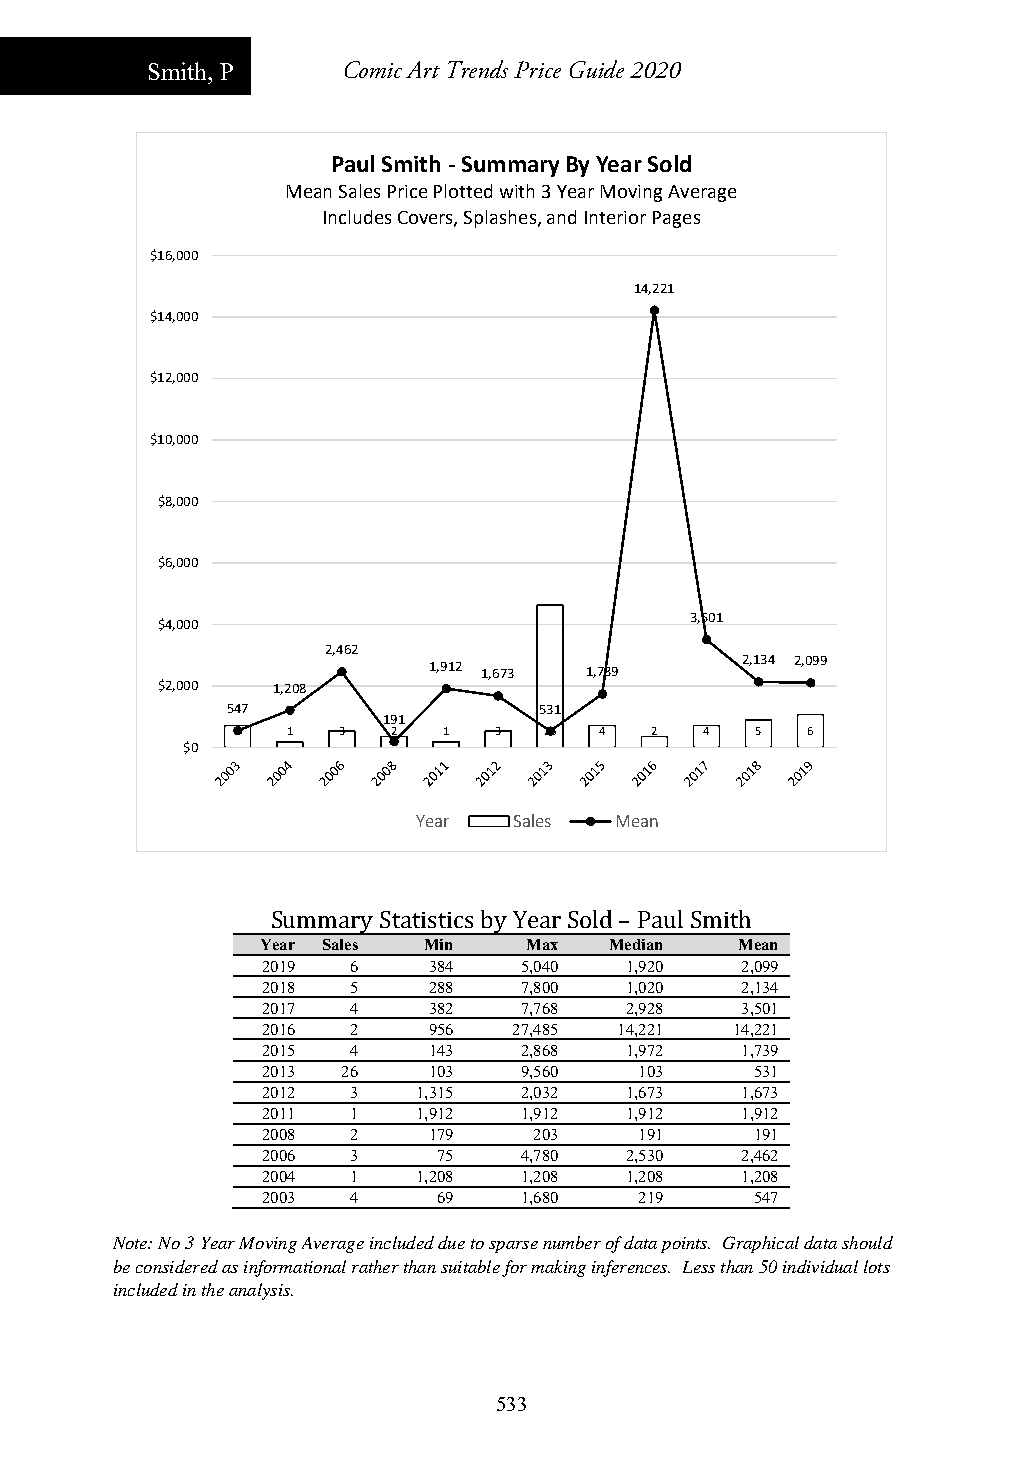
Smith, P     Comic Art Trends Price Guide 2020
 Paul Smith ‐Summary By Year Sold
 Mean Sales Price Plotted with 3 Year Moving Average
 Includes Covers, Splashes, and Interior Pages
 $16,000
 14,221
 $14,000
 $12,000
 $10,000
 $8,000
 $6,000
 $4,000                              3,501
 2,462
 1,912 1,673 1,739    2,134 2,099
 $2,000  1,208
 547                  531
 191
 4  1  3   2  1   3  26  4  2   4  5  6
 $0
 Year  Sales  Mean
 Summary Statistics by Year Sold – Paul Smith
 Year Sales Min    Max  Median   Mean
 2019  6    384   5,040  1,920   2,099
 2018  5    288   7,800  1,020   2,134
 2017  4    382   7,768  2,928   3,501
 2016  2    956   27,485 14,221  14,221
 2015  4    143   2,868  1,972   1,739
 2013  26   103   9,560   103     531
 2012  3    1,315 2,032  1,673   1,673
 2011  1    1,912 1,912  1,912   1,912
 2008  2    179    203    191     191
 2006  3     75   4,780  2,530   2,462
 2004  1    1,208 1,208  1,208   1,208
 2003  4     69   1,680   219     547
 Note: No 3 Year Moving Average included due to sparse number of data points. Graphical data should
 be considered as informational rather than suitable for making inferences. Less than 50 individual lots
 included in the analysis.
 533